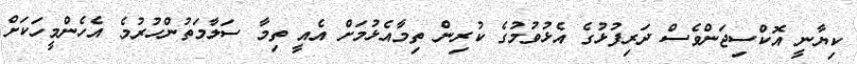
ކިޔާނީ އޮކްސިޖަންވެސް ދަރިފުޅުގެ އެޅުވުމުގެ ކުރިން ތިމާއެޅުމަށް އެއީ ތިމާ ސަލާމަތުންހުރުމެ އެހެންމީހަކަށް